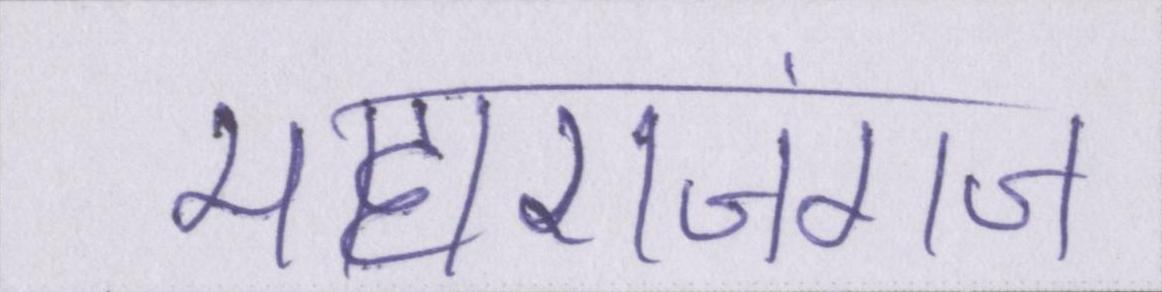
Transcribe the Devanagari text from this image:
महाराजगंज